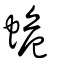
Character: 蛫